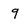
Character: 9